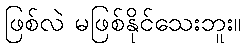
ဖြစ်လဲ မဖြစ်နိုင်သေးဘူး။